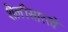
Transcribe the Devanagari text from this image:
शैलीसारखे